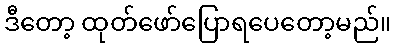
ဒီတော့ ထုတ်ဖော်ပြောရပေတော့မည်။